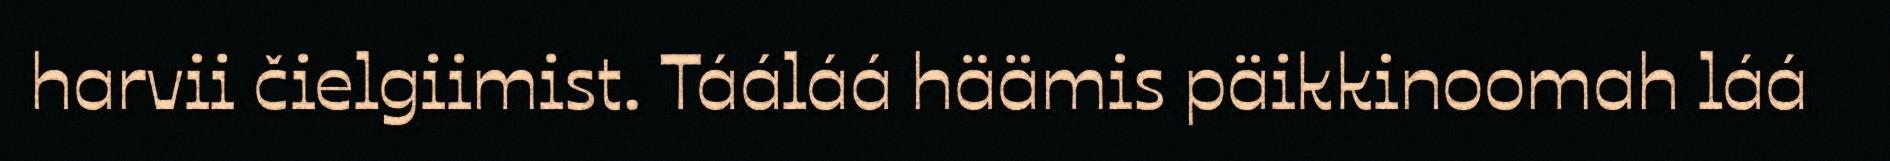
harvii čielgiimist. Tááláá häämis päikkinoomah láá